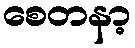
စေတနာ့